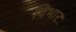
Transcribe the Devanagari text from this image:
विभार